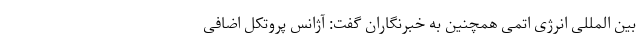
بین المللی انرژی اتمی همچنین به خبرنگاران گفت: آژانس پروتکل اضافی